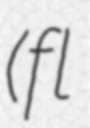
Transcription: (fl